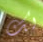
لك